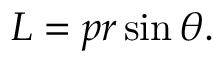
L = p r \sin \theta . \,